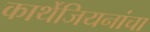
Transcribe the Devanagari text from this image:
कार्थेजियनांचा